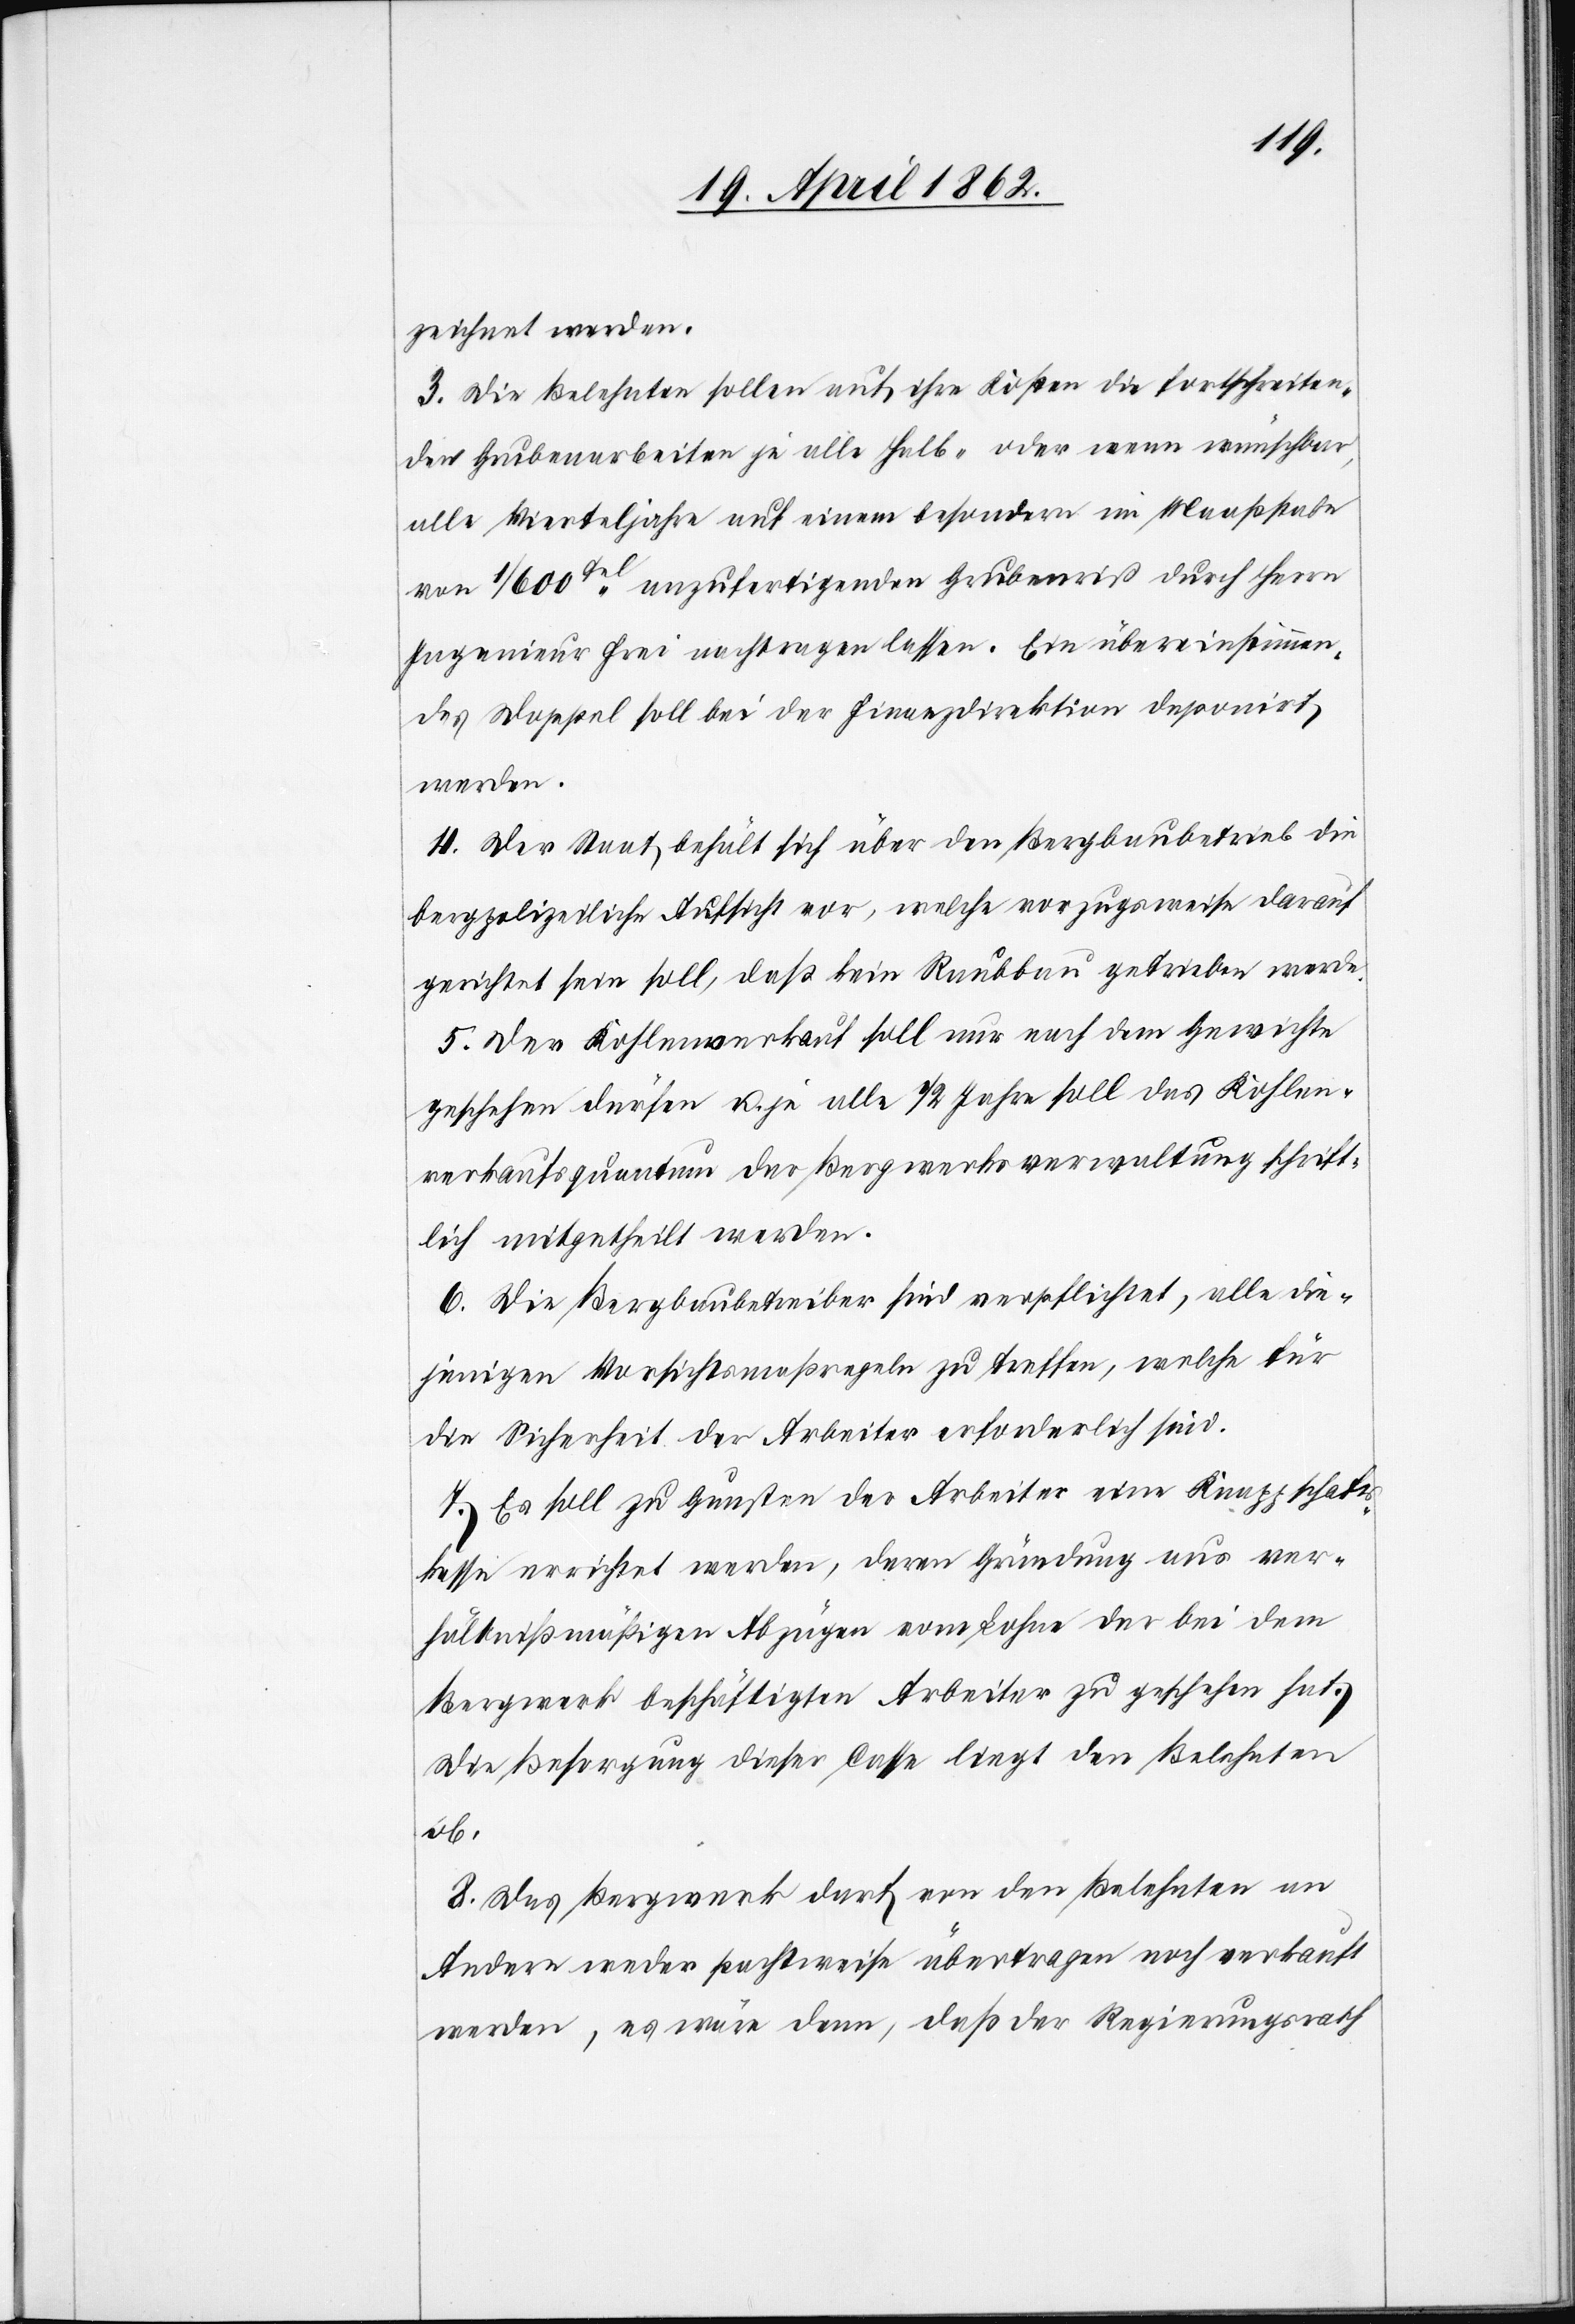
zeichnet werden.
3. Die Belehnten sollen auf ihre Kosten die fortschreiten¬
den Grubenarbeiten je alle Halb- oder neuen wünschbar,
alle Vierteljahre auf einem besondern im Maaßstabe
von 1/600tel anzufertigenden Grubenriß durch Herrn
Ingenieur Frei nachtragen lassen. Ein übereinstimmen¬
des Doppel soll bei der Finanzdirektion deponirt
werden.
4. Der Staat behält sich über den Bergbaubetrieb die
bergpolizeiliche Aufsicht vor, welche vorzugsweise darauf
gerichtet sein soll, daß kein Raubbau getrieben werde.
5. Der Kohlenverkauf soll nur nach dem Gewichte
geschehen dürfen u. je alle 1/2 Jahre soll das Kohlen¬
verkaufsquantum der Bergwerksverwaltung schrift¬
lich mitgetheilt werden.
6. Die Bergbaubetreiber sind verpflichtet, alle die¬
jenigen Vorsichtsmaßregeln zu treffen, welche für
die Sicherheit der Arbeiter erforderlich sind.
7. Es soll zu Gunsten der Arbeiter eine Knappschaft¬
skasse errichtet werden, deren Gründung aus ver¬
hältnißmäßigen Abzügen vom Lohne der bei dem
Bergwerk beschäftigten Arbeiter zu geschehen hat.
Die Besorgung dieser Casse liegt den Belehnten
ob.
8. Das Bergwerk darf von den Belehnten an
Andere weder pachtweise übertragen noch verkauft
werden, es wäre denn, daß der Regierungsrath